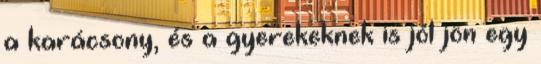
a karácsony, és a gyerekeknek is jól jön egy